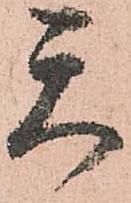
天